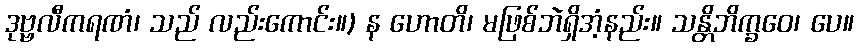
ဒုဗ္ဗလီကရဏံ၊ သည် လည်းကောင်း။) န ဟောတိ၊ မဖြစ်ဘဲရှိအံ့နည်း။ သန္တိဘိက္ခဝေ၊ ပေ။